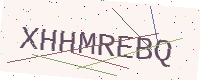
Text: XHHMREBQ